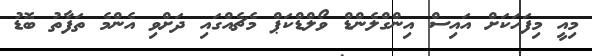
މިއީ މިފަހަކަށް އައިސް އިންގްލެންޑް ވޯލްޑްކަޕް މެޗެއްގައި ދަށްވި އެންމެ ތަފާތު ބޮޑު